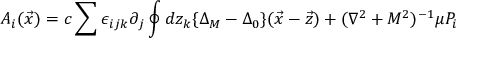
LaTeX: A _ { i } ( \vec { x } ) = c \sum \epsilon _ { i j k } \partial _ { j } \oint d z _ { k } \{ \Delta _ { M } - \Delta _ { 0 } \} ( \vec { x } - \vec { z } ) + ( \nabla ^ { 2 } + M ^ { 2 } ) ^ { - 1 } \mu P _ { i }